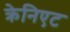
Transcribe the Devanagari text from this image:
क्रेनिएट